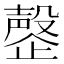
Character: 𬆍